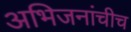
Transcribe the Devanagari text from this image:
अभिजनांचीच